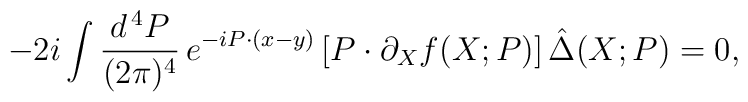
- 2 i \int \frac{d^{\, 4} P}{(2 \pi)^4} \, e^{- i P \cdot (x - y)} \left[ P \cdot \partial_X f (X; P) \right] \hat{\Delta} (X; P) = 0 ,